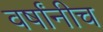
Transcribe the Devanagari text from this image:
वर्षांनीच